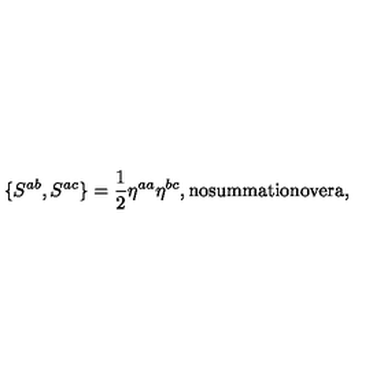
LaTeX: \{ S ^ { a b } , S ^ { a c } \} = \frac { 1 } { 2 } \eta ^ { a a } \eta ^ { b c } , \mathrm { n o s u m m a t i o n o v e r a } ,